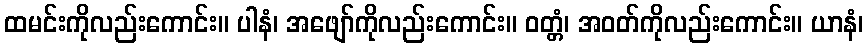
ထမင်းကိုလည်းကောင်း။ ပါနံ၊ အဖျော်ကိုလည်းကောင်း။ ဝတ္တံ၊ အဝတ်ကိုလည်းကောင်း။ ယာနံ၊